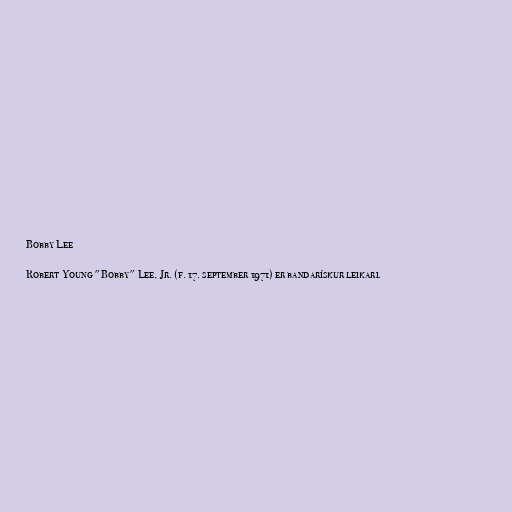
Bobby Lee

Robert Young "Bobby" Lee, Jr. (f. 17. september 1971) er bandarískur leikari.